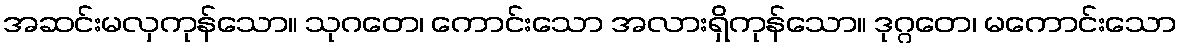
အဆင်းမလှကုန်သော။ သုဂတေ၊ ကောင်းသော အလားရှိကုန်သော။ ဒုဂ္ဂတေ၊ မကောင်းသော